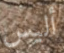
أليس